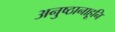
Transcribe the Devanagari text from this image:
अनुष्ठानाहूनि